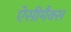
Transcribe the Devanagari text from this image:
ऐसीमैक्स